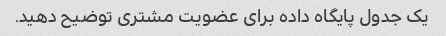
یک جدول پایگاه داده برای عضویت مشتری توضیح دهید.